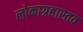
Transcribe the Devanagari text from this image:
लोकाग्रहास्तव